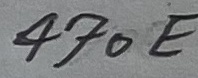
Text: 470E